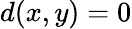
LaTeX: d(x,y)=0